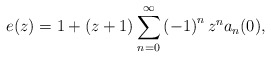
\begin{align*}e(z)=1+\left( z+1\right) \sum_{n=0}^{\infty}\left( -1\right) ^{n}z^{n}a_{n}(0), \end{align*}